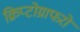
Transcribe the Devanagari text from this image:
क्रिप्टोग्राफरों